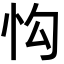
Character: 𢗕